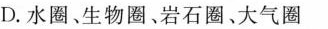
D.水圈、生物圈、岩石圈。大气圈